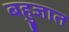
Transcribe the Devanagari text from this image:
बहुज्ञात